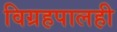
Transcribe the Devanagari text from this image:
विग्रहपालही